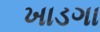
ખાડગા